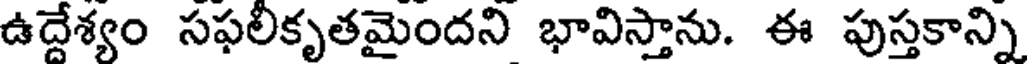
ఉద్దేశ్యం సఫలికృతమైందని భావిస్తాను. ఈ పుస్తకాన్ని